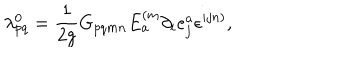
LaTeX: \lambda _ { p q } ^ { 0 } = \frac { 1 } { 2 g } G _ { p q m n } E _ { a } ^ { ( m } \partial _ { i } e _ { j } ^ { a } \epsilon ^ { i j n ) } ,